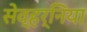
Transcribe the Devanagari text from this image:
सेव्हर्निया